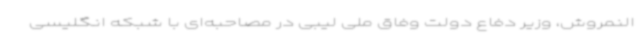
النمروش، وزیر دفاع دولت وفاق ملی لیبی در مصاحبه‌ای با شبکه انگلیسی